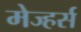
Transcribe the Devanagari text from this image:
मेज्हर्स